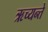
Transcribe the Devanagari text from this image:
ऋच्यन्ते